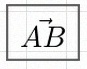
\vec{AB}